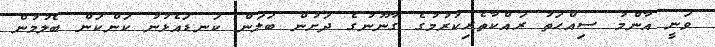
ވަނީ އާންމު ސިއްޙަތު ރައްކާތެރިކުރުމުގެ ގާނޫނުގެ ދަށުން ބަލަން ކަނޑައެޅުނު ކަންކަން ބެލުމުން